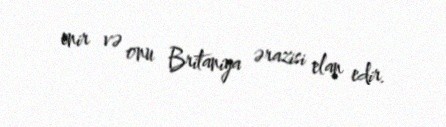
enir və onu Britaniya ərazisi elan edir.